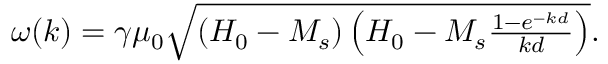
\begin{array} { r } { \omega ( k ) = \gamma \mu _ { 0 } \sqrt { \left( H _ { 0 } - M _ { s } \right) \left( H _ { 0 } - M _ { s } \frac { 1 - e ^ { - k d } } { k d } \right) } . } \end{array}